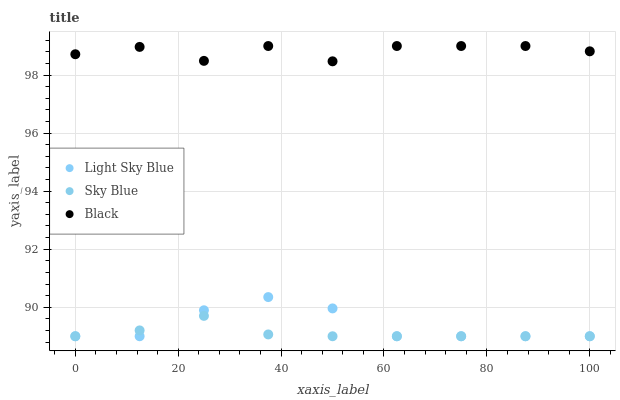
| xaxis_label | Light Sky Blue | Sky Blue | Black |
 | --- | --- | --- | --- |
 | 0 | 89 | 89 | 98.7 |
 | 12.5 | 89 | 89.2 | 99 |
 | 25 | 89.9 | 89.7 | 98.5 |
 | 37.5 | 90.3 | 89.1 | 99 |
 | 50 | 90 | 89 | 98.5 |
 | 62.5 | 89 | 89 | 99 |
 | 75 | 89 | 89 | 99 |
 | 87.5 | 89 | 89 | 99 |
 | 100 | 89 | 89 | 98.8 |